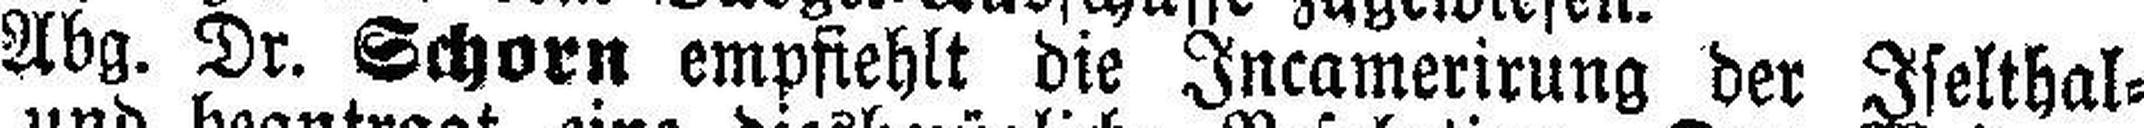
Abg. Dr. Schorn empfiehlt die Incamerirung der Iselthal¬